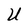
Character: U